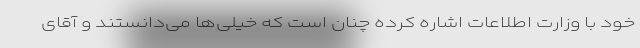
خود با وزارت اطلاعات اشاره کرده چنان است که خیلی‌ها می‌دانستند و آقای